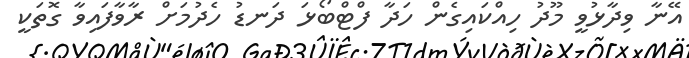
އޭނާ ވިދާޅުވީ މޫދު ހިއްކައިގެން ހަދާ ފްޓްބޯޅަ ދަނޑު ހެދުމަށް ރާވާފައިވާ ގޮތަކީ